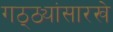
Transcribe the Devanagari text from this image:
गठ्ठ्यांसारखे